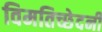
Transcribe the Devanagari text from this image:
विमतिच्छेदनी